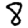
Digit: 8